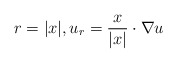
\begin{align*}r = |x|, u_r = \dfrac{x}{|x|} \cdot \nabla u\end{align*}